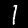
Digit: 1